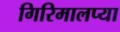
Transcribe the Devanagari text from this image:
गिरिमालप्या